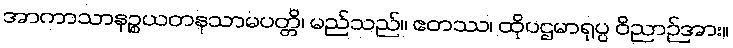
အာကာသာနဉ္စယတနသာမပတ္တိ၊ မည်သည်။ ဧတဿ၊ ထိုပဌမာရုပ္ပ ဝိညာဉ်အား။